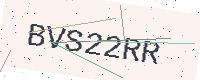
Text: BVS22RR